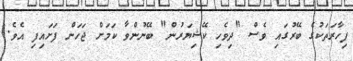
ފިހާރަތަކުގެ ބޭރުގައި ވެސް "ދިވެހި ކޭޝިޔަރުން" ބޭނުންވާ ކަމަށް ޖަހަން ފަށައިފި އެވެ.